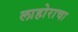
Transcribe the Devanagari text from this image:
लाहोराचा